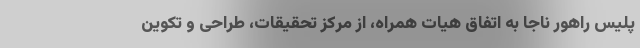
پلیس راهور ناجا به اتفاق هیات همراه، از مرکز تحقیقات، طراحی و تکوین